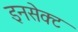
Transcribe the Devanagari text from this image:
इनसेक्ट